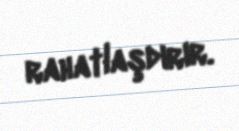
rahatlaşdırır.